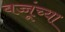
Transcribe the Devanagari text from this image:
बच्चूंच्या